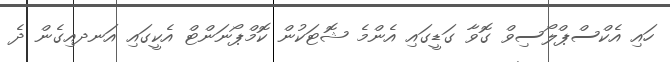
ހައި އެކްސްޕްލޯސިވް ގޮވާ ގަޑީގައި އެންމެ ޝޮޓަކުން ކޮމްޕޯނަންޓް އެކީގައި އަނދއިގެން ދެ